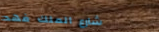
شارع الملك فهد